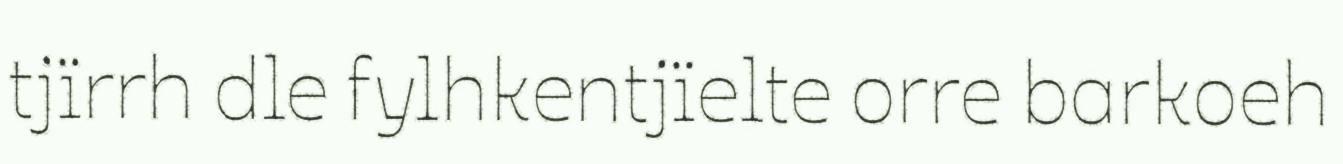
tjïrrh dle fylhkentjïelte orre barkoeh